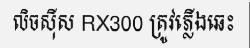
លិចស៊ីស RX300 ត្រូវភ្លើងឆេះ